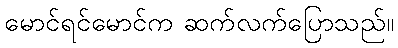
မောင်ရင်မောင်က ဆက်လက်ပြောသည်။